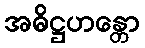
အဓိဋ္ဌဟန္တော